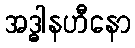
အဒ္ဓါနဟီနော